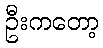
ဦးကတော့